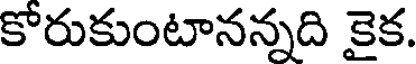
కోరుకుంటానన్నది కైక.